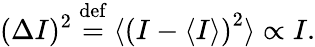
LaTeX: (\Delta I)^{2}\ {\stackrel{\mathrm{def}}{=}}\ \langle\left(I-\langle I\rangle\right)^{2}\rangle\propto I.